system: You are a helpful assistant.
user:
Analyze the provided spectrum to determine if it is a **S-type Star**.

- **Key Indicators for S-type Star:**

    - **(Overall Spectrum Shape):** The first and most obvious characteristic is the overall continuum (the "baseline" shape). It is **extremely "red-sloping,"** meaning the flux (light intensity) is very low on the left side (blue, ~4000-4500 Å) and rises steeply and continuously toward the right side (red, ~7000 Å+).

    - **(Primary):** The spectrum is defined by the presence of strong, broad molecular absorption "valleys" (bands) from **Zirconium Oxide (ZrO)**. The identification of these bands is the **primary requirement** for classifying a star as S-type.
        - **(Key Bandheads):** You must find distinct, deep "dips" where the light has been absorbed. The most critical band systems to locate are:
            - **~6474 Å** ($\gamma$-system): This is often the strongest and clearest ZrO feature, found in the red part of the spectrum.
            - **~5718 Å** & **~5551 Å** ($\beta$-system): A pair of prominent absorption features in the yellow-orange part of the spectrum.
            - **~4640 Å** ($\alpha$-system): A key absorption band system in the blue-green region of the spectrum.

    - **(Secondary Confirmation):** The classification is strengthened by finding additional absorption bands from other related heavy element oxides, which are expected to be present alongside ZrO.
        - **(Key Bandheads):**
            - **Yttrium Oxide (YO):** Look for absorption dips near **~4800 Å** and **~6100 Å**.
            - **Lanthanum Oxide (LaO):** Additional absorption features, particularly in the red-orange part of the spectrum, are also characteristic.

    - **(Line Profile):** The combination of the steep red continuum and these numerous, deep molecular bands (ZrO, YO, etc.) gives the entire spectrum a very **"chopped-up"** or **"bumpy"** appearance. Instead of a smooth curve, the spectrum looks as though large, wide chunks of light have been "carved out" of it at the specific wavelengths listed above.

Think first, call **spectral_visualization_tool** if needed to examine features in detail, then provide your final answer. Your response must adhere to the following strict rules:
1.  **Overall Structure:** Your response must follow the format `<think>...</think> <tool_call>...</tool_call> (if a tool is used) <answer>...</answer>`.
2.  **Tool Usage Constraint:** You may only make **one** tool call per turn.
3.  **Final Answer Format:** In the `<answer>` tag, your conclusion must be inside a `\boxed{}` command (e.g., `\boxed{YES}` or `\boxed{NO}`), followed by your justification.

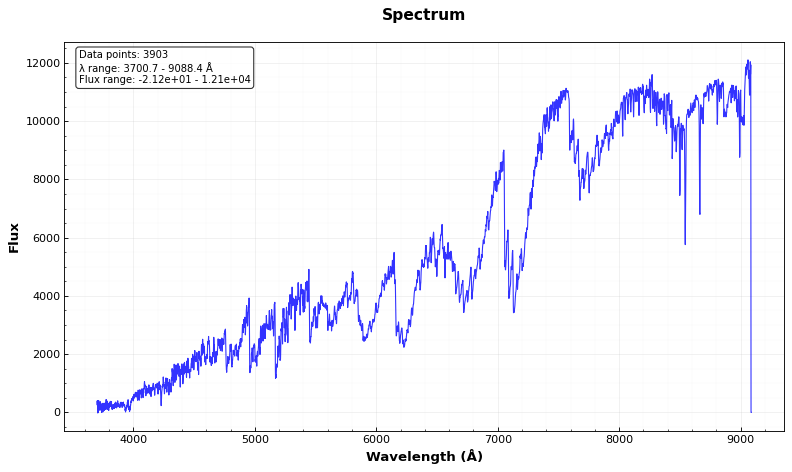
Answer: YES